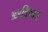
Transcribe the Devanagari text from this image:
अरविन्दर